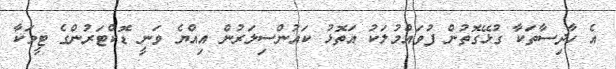
އެ ހާދިސާތަކާ ގުޅޭގޮތުން ފުވައްމުލަކު އަތޮޅު ކައުންސިލަރުން އިއްޔެ ވަނީ ޑޮކްޓަރުންގެ ޓީމަކާ